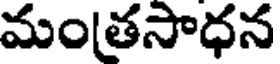
మంతసాధన